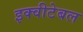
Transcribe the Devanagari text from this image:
इक्वीटेबल